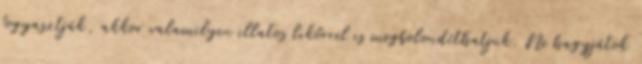
fogyasztják, akkor valamilyen illatos likőrrel is megbolondíthatjuk. Ne hagyjátok